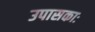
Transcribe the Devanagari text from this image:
उपासकाः